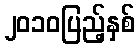
၂၀၁၀ပြည့်နှစ်